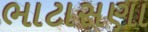
ભાટાસણા